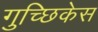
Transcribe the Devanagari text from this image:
गुच्छिकेस